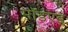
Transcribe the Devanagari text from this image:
मॉडएड